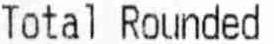
TOTAL ROUNDED